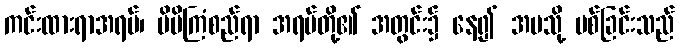
ကင်းထားရာအရပ်၊ မိမိကြံစည်ရာ အရပ်တို့၏ အတွင်း၌ နေ၍ အပသို့ ပစ်ခြင်းသည်